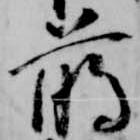
臈